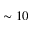
\sim 1 0